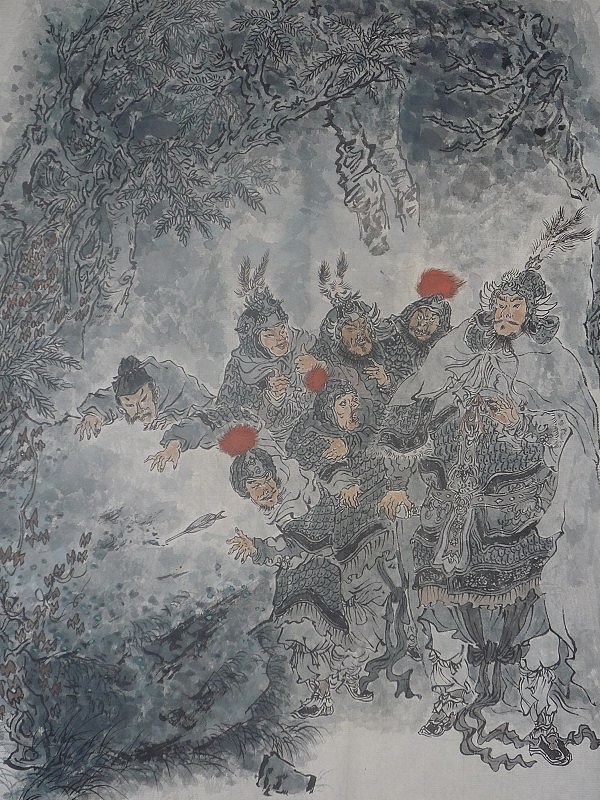
林暗草惊风，将军夜引弓。